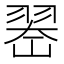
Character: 𱻚